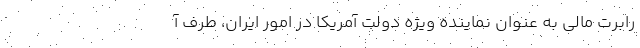
رابرت مالی به عنوان نماینده ویژه دولت آمریکا در امور ایران، طرف آ